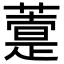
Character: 𦽢